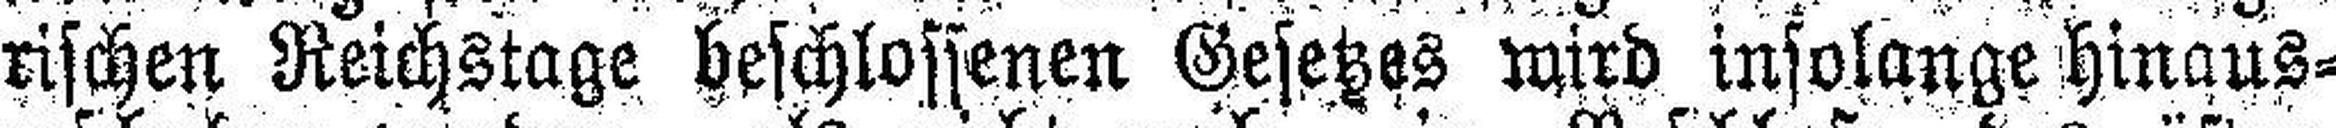
rischen Reichstage beschlossenen Gesetzes wird insolange hinaus¬